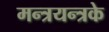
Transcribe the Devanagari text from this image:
मन्त्रयन्त्रके